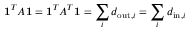
\mathbf { 1 } ^ { T } A \mathbf { 1 } = \mathbf { 1 } ^ { T } A ^ { T } \mathbf { 1 } = \sum _ { i } { d _ { \mathrm { o u t } } } _ { , i } = \sum _ { i } { d _ { \mathrm { i n } } } _ { , i }